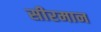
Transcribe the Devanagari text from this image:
सीरमान